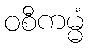
ဝစီကမ္မံ